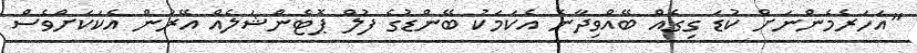
"އަހަރެމެންނަށް ކުޑަ ގިގެއް ބޭއްވިދާނެ އެކަމަކު ބޭންޑުގެ ފުލް ޕޮޓެންޝަލެއް އޭރުން އެކަކަށްވެސް